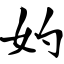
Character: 妁